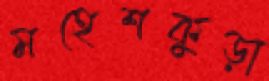
মহেশকুড়া